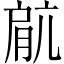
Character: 𫆥